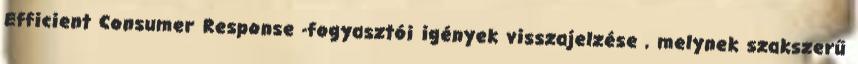
Efficient Consumer Response -fogyasztói igények visszajelzése , melynek szakszerű